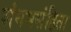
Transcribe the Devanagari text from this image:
शंगमसंहिता